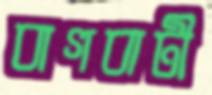
বাগবাটী